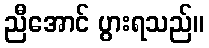
ညီအောင် ပွားရသည်။